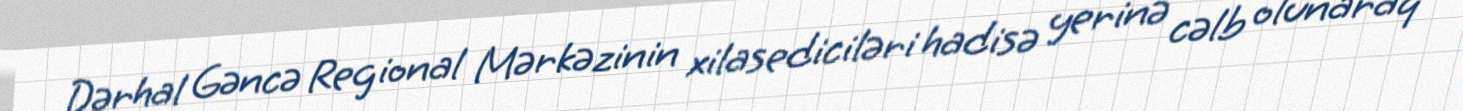
Dərhal Gəncə Regional Mərkəzinin xilasediciləri hadisə yerinə cəlb olunaraq